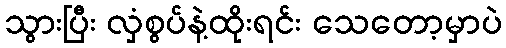
သွားပြီး လှံစွပ်နဲ့ထိုးရင်း သေတော့မှာပဲ